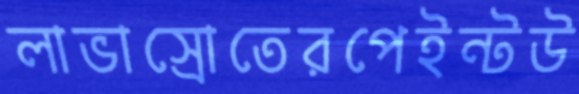
লাভাস্রোতেরপেইন্টউ